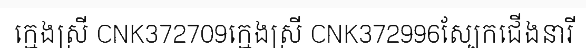
ក្មេងស្រី CNK372709ក្មេងស្រី CNK372996ស្បែកជើងនារី